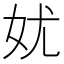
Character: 㚭